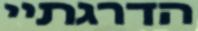
הדרגתיי